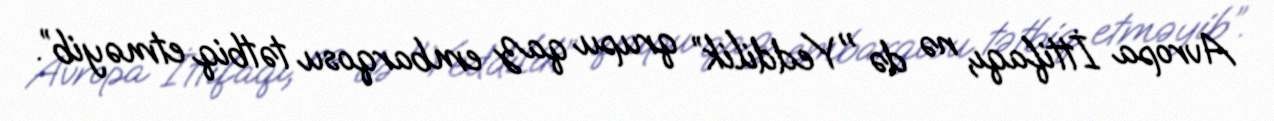
Avropa İttifaqı, nə də "Yeddilik” qrupu qaz embarqosu tətbiq etməyib”.